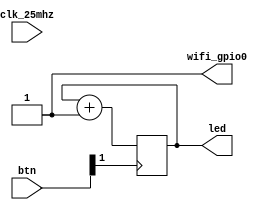
module top (
    input clk_25mhz,
    output [7:0] led,
    input [6:0] btn,
    output wifi_gpio0
);
    reg [7:0] cnt = 0;

    always @(posedge btn[1]) 
    begin
        cnt <= cnt + 1;
    end

    assign led = cnt;
    assign wifi_gpio0 = 1'b1;
endmodule